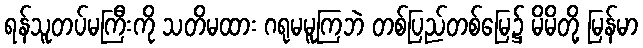
ရန်သူတပ်မကြီးကို သတိမထား ဂရုမမူကြဘဲ တစ်ပြည်တစ်မြေ၌ မိမိတို့ မြန်မာ